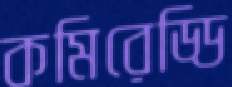
কমিরেড্ডি